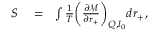
\begin{array} { r l r } { S } & { { } = } & { \int \frac { 1 } { T } \bigg ( \frac { \partial \mathcal { M } } { \partial r _ { + } } \bigg ) _ { Q , l _ { 0 } } d r _ { + } , } \end{array}